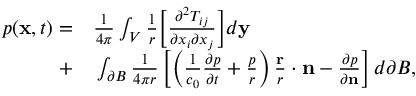
\begin{array} { r l } { p ( \mathbf { x } , t ) = } & { { } \frac { 1 } { 4 \pi } \int _ { V } \frac { 1 } { r } \Big [ \frac { \partial ^ { 2 } T _ { i j } } { \partial x _ { i } \partial x _ { j } } \Big ] d \mathbf { y } } \\ { + } & { { } \int _ { \partial B } \frac { 1 } { 4 \pi r } \left[ \left( \frac { 1 } { c _ { 0 } } \frac { \partial p } { \partial t } + \frac { p } { r } \right) \frac { \mathbf { r } } { r } \cdot \mathbf { n } - \frac { \partial p } { \partial \mathbf { n } } \right] d \partial B , } \end{array}